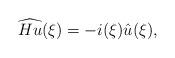
LaTeX: \begin{align*}\widehat{Hu}(\xi)=-i(\xi)\hat{u}(\xi), \end{align*}